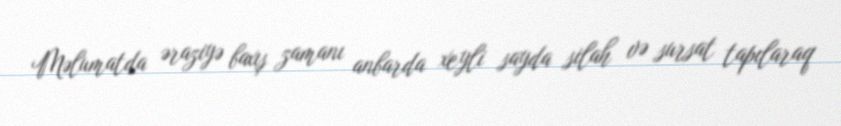
Məlumatda əraziyə baxış zamanı anbarda xeyli sayda silah və sursat tapılaraq